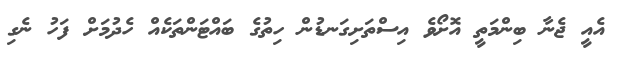
އެއީ ޖެނާ ބިންމަތީ އޮށޯވެ އިސްތަށިގަނޑުން ހިތުގެ ބައްޓަންތަކެއް ހެދުމަށް ފަހު ނެގި